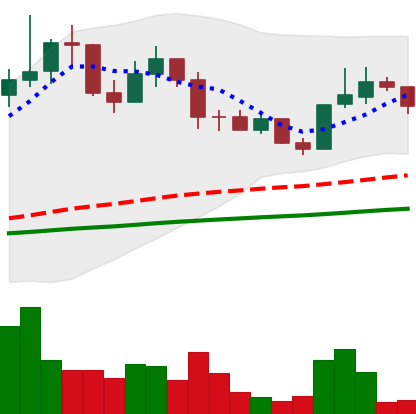
Ticker: LINK-USD
Chart end date: 2019-06-09
Forward return: 56.213%
Label: up_7plus